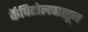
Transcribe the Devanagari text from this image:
कॅपिटोलपासून